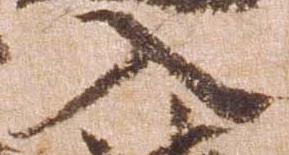
入